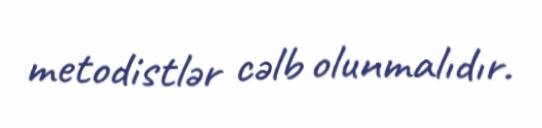
metodistlər cəlb olunmalıdır.